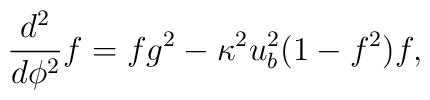
\frac{d^2}{d\phi^2}f=fg^2-\kappa^2u^2_b(1-f^2)f,